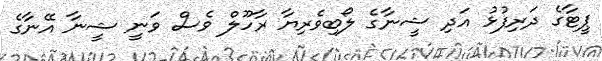
ޕީޓާގެ ދަރިފުޅު އަދި ޝީނާގެ ލޯބިވެރިޔާ ރާހޫލް ވެސް ވަނީ ޝީނާ އޭނާގެ